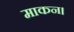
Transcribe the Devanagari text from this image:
माकन।